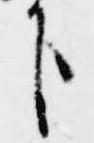
下